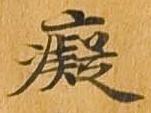
癡